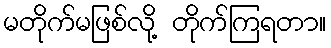
မတိုက်မဖြစ်လို့ တိုက်ကြရတာ။